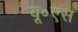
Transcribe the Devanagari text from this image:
यू॰एस